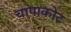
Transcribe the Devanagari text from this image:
चापाकोट